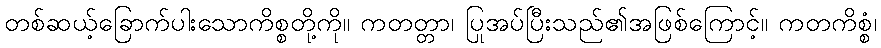
တစ်ဆယ့်ခြောက်ပါးသောကိစ္စတို့ကို။ ကတတ္တာ၊ ပြုအပ်ပြီးသည်၏အဖြစ်ကြောင့်။ ကတကိစ္စံ၊